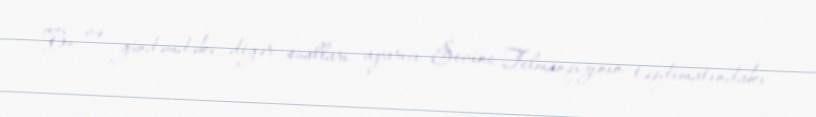
Bu və gündəmdəki digər sualları aparıcı Sevinc Telmanqızının təqdimatındakı